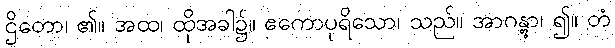
ဌိတော၊ ၏။ အထ၊ ထိုအခါ၌။ ဧကောပုရိသော၊ သည်။ အာဂန္တွာ၊ ၍။ တံ